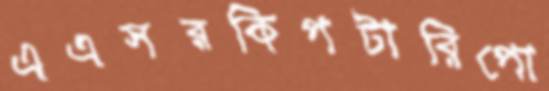
এএসরকিপটারিপো